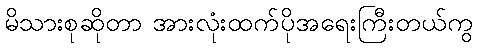
မိသားစုဆိုတာ အားလုံးထက်ပိုအရေးကြီးတယ်ကွ